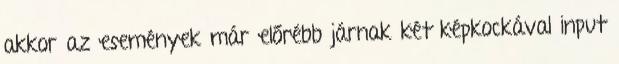
akkor az események már előrébb járnak két képkockával input